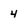
Character: 4